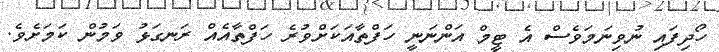
ހޯދިފައި ނުވިނަމަވެސް އެ ޓީމް އަންނަނީ ހަފްތާއަކަށްވުރެ ހަފްތާއެއް ރަނގަޅު ވަމުން ކަމަށެވެ.